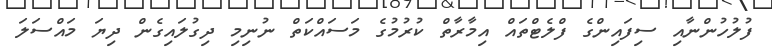
ފުލުހުންނާއި ސިފައިންގެ ފްލެޓްތައް އިމާރާތް ކުރުމުގެ މަސައްކަތް ނުނިމި ދިގުލައިގެން ދިޔަ މައްސަލަ